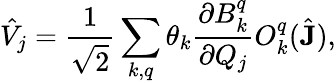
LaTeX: \hat{V}_{j}=\frac{1}{\sqrt{2}}\sum_{k,q}\theta_{k}\frac{\partial B_{k}^{q}}{\partial Q_{j}}O_{k}^{q}(\hat{\mathbf{J}}),